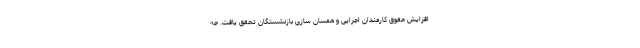
افزایش حقوق کارمندان اجرایی و همسان سازی بازنشستگان تحقق یافت. جه